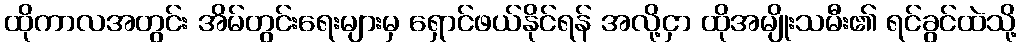
ထိုကာလအတွင်း အိမ်တွင်းရေးများမှ ရှောင်ဖယ်နိုင်ရန် အလို့ငှာ ထိုအမျိုးသမီး၏ ရင်ခွင်ထဲသို့